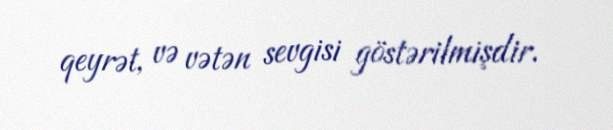
qeyrət, və vətən sevgisi göstərilmişdir.